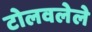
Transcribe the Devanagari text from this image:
टोलवलेले